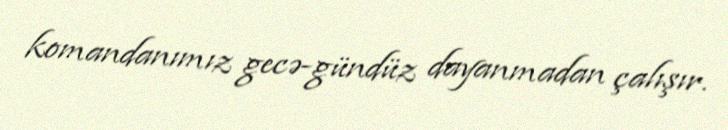
komandanımız gecə-gündüz dayanmadan çalışır.